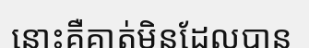
នោះគឺគាត់មិនដែលបាន